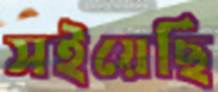
সইয়েছি